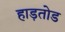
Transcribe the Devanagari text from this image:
हाड़तोड